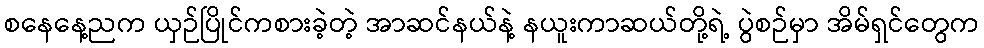
စနေနေ့ညက ယှဉ်ပြိုင်ကစားခဲ့တဲ့ အာဆင်နယ်နဲ့ နယူးကာဆယ်တို့ရဲ့ ပွဲစဉ်မှာ အိမ်ရှင်တွေက